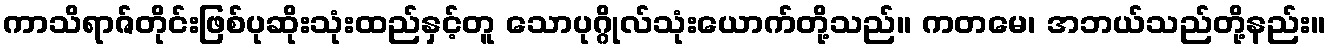
ကာသိရာဇ်တိုင်းဖြစ်ပုဆိုးသုံးထည်နှင့်တူ သောပုဂ္ဂိုလ်သုံးယောက်တို့သည်။ ကတမေ၊ အဘယ်သည်တို့နည်း။